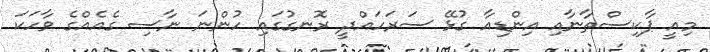
މިއީ ޕާކިސްތާނާއި އިންޑިއާ ގުޅޭ ސަރަހައްދީ ރޮނގުގައި ހުންނަ ނާސި ގެއެއްގެ ވާހަކަ